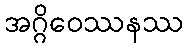
အဂ္ဂိဝေဿနဿ